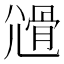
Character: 𡰊